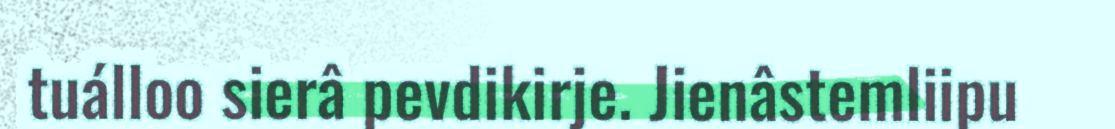
tuálloo sierâ pevdikirje. Jienâstemliipu